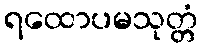
ရထောပမသုတ္တံ